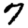
Digit: 7